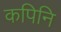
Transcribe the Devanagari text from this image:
कपिनि